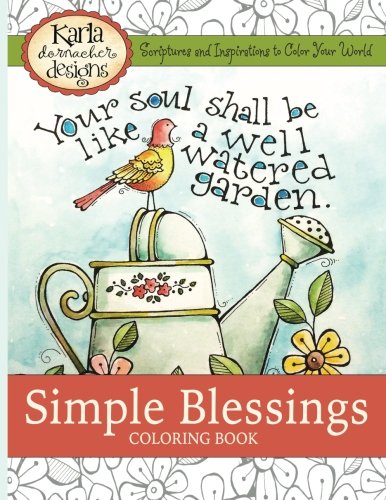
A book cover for Simple Blessings: Coloring Designs to Encourage Your Heart; Karla Dornacher; Humor & Entertainment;